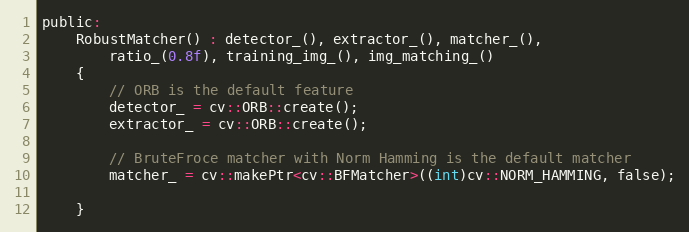
Language: C
public:
    RobustMatcher() : detector_(), extractor_(), matcher_(),
        ratio_(0.8f), training_img_(), img_matching_()
    {
        // ORB is the default feature
        detector_ = cv::ORB::create();
        extractor_ = cv::ORB::create();

        // BruteFroce matcher with Norm Hamming is the default matcher
        matcher_ = cv::makePtr<cv::BFMatcher>((int)cv::NORM_HAMMING, false);

    }